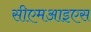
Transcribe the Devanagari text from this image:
सीएमआइएस